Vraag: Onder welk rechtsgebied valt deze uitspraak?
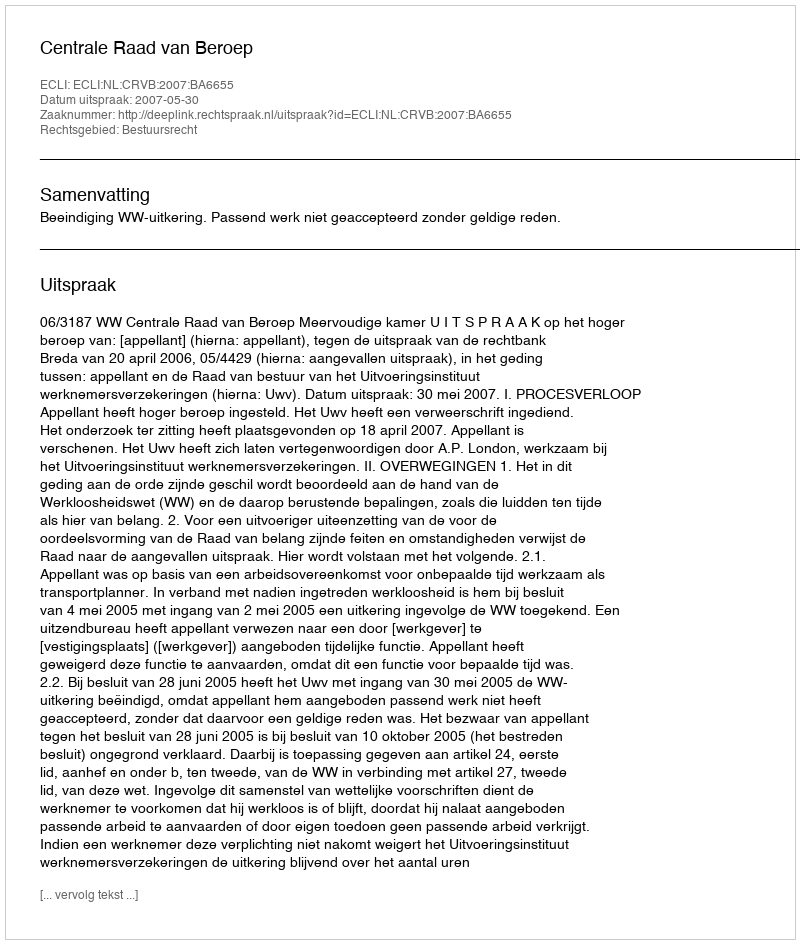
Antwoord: Bestuursrecht